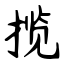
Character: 揽